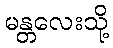
မန္တလေးသို့